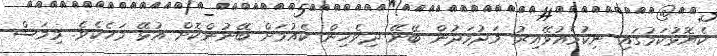
ކެޔޮޅުކަމުގައި ނިކުމެއުޅޭއިރު މަދުމަދުން ބޭނޭ ދިވެހިން ކެއުމަށް ބޭނުންކޮށް އުޅޭ މަހެކެވެ. މިމަސް